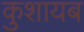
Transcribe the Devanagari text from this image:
कुशायब